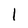
Character: l